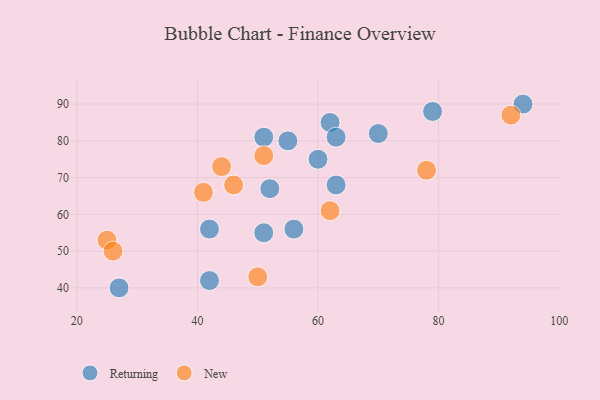
{"axis": {"x": "GDP", "y": "Life Expectancy"}, "legend": ["New", "Returning"], "data": [{"x": "56", "y": 56, "type": "Returning"}, {"x": "70", "y": 82, "type": "Returning"}, {"x": "51", "y": 55, "type": "Returning"}, {"x": "52", "y": 67, "type": "Returning"}, {"x": "94", "y": 90, "type": "Returning"}, {"x": "42", "y": 42, "type": "Returning"}, {"x": "51", "y": 81, "type": "Returning"}, {"x": "63", "y": 68, "type": "Returning"}, {"x": "60", "y": 75, "type": "Returning"}, {"x": "62", "y": 85, "type": "Returning"}, {"x": "63", "y": 81, "type": "Returning"}, {"x": "79", "y": 88, "type": "Returning"}, {"x": "42", "y": 56, "type": "Returning"}, {"x": "27", "y": 40, "type": "Returning"}, {"x": "55", "y": 80, "type": "Returning"}, {"x": "62", "y": 61, "type": "New"}, {"x": "78", "y": 72, "type": "New"}, {"x": "46", "y": 68, "type": "New"}, {"x": "25", "y": 53, "type": "New"}, {"x": "41", "y": 66, "type": "New"}, {"x": "51", "y": 76, "type": "New"}, {"x": "44", "y": 73, "type": "New"}, {"x": "26", "y": 50, "type": "New"}, {"x": "92", "y": 87, "type": "New"}, {"x": "50", "y": 43, "type": "New"}]}